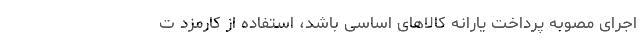
اجرای مصوبه پرداخت یارانه کالاهای اساسی باشد، استفاده از کارمزد ت